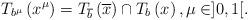
LaTeX: \begin{align*}T_{b^{\mu }}\left( x^{\mu }\right) =T_{\overline{b}}\left( \overline{x}\right) \cap T_{b}\left( x\right) ,\mu \in ]0,1[.\end{align*}